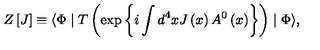
Z \left[ J \right] \equiv \langle \Phi \mid T \left( \exp \left\{ i \int d ^ { 4 } x J \left( x \right) A ^ { 0 } \left( x \right) \right\} \right) \mid \Phi \rangle ,